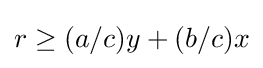
r\geq (a/c)y+(b/c)x